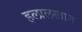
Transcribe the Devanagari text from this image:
हलालखान